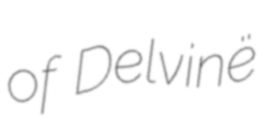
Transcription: of Delvinë